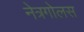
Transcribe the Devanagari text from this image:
नेत्रगोलस